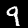
Digit: 9